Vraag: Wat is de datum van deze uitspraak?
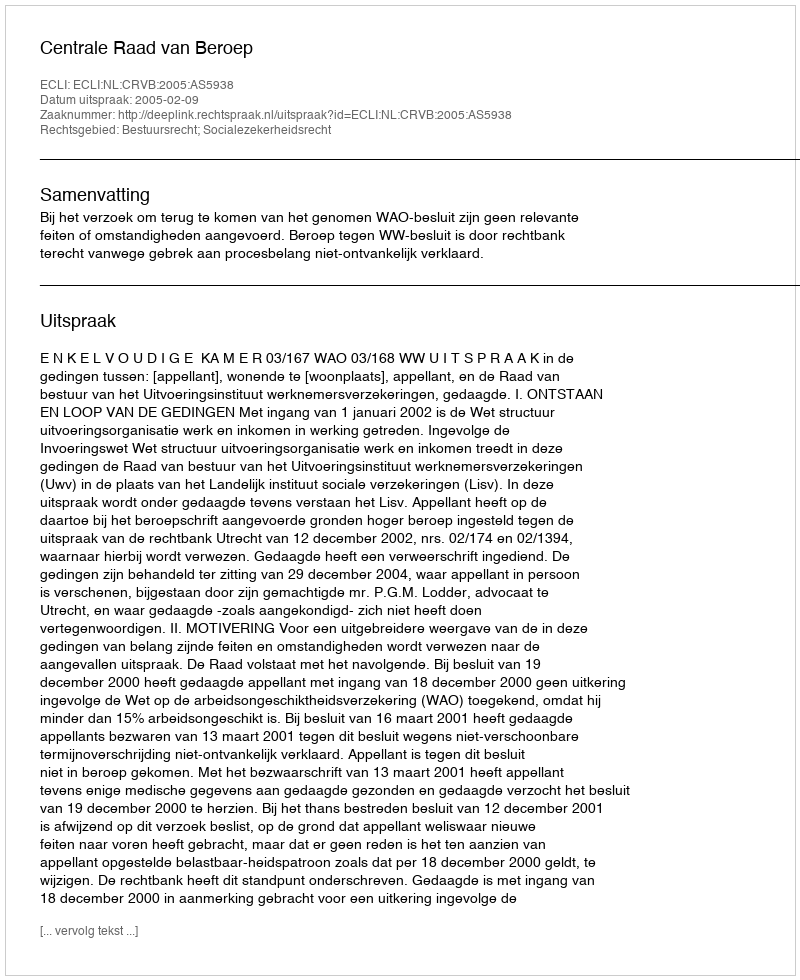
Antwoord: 2005-02-09